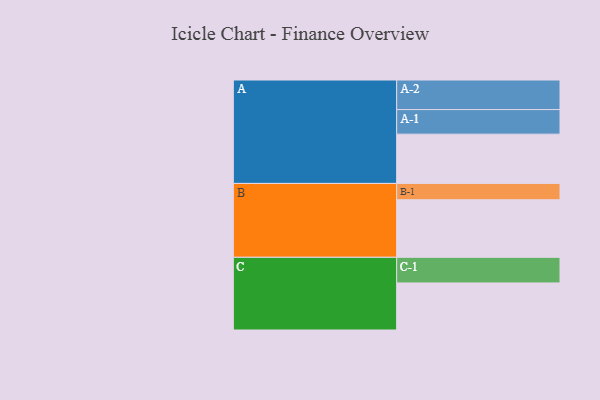
{"axis": {"x": "Segment", "y": "Value"}, "legend": ["", "A", "B", "C"], "data": [{"x": "A", "y": 465, "type": ""}, {"x": "B", "y": 543, "type": ""}, {"x": "C", "y": 444, "type": ""}, {"x": "A-1", "y": 232, "type": "A"}, {"x": "A-2", "y": 279, "type": "A"}, {"x": "B-1", "y": 154, "type": "B"}, {"x": "C-1", "y": 242, "type": "C"}]}